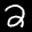
Label: 2